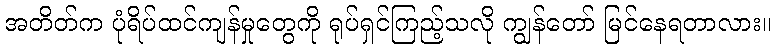
အတိတ်က ပုံရိပ်ထင်ကျန်မှုတွေကို ရုပ်ရှင်ကြည့်သလို ကျွန်တော် မြင်နေရတာလား။